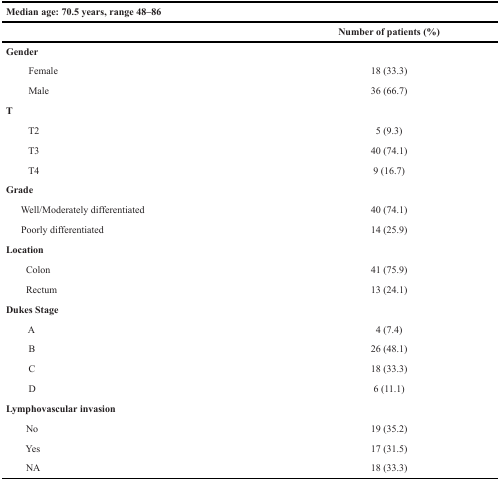
<table><thead><tr><td colspan="2"><b>Median age: 70.5 years, range 48–86</b></td></tr><tr><td></td><td><b>Number of patients (%)</b></td></tr></thead><tbody><tr><td><b>Gender</b></td><td></td></tr><tr><td> Female</td><td>18 (33.3)</td></tr><tr><td> Male</td><td>36 (66.7)</td></tr><tr><td><b>T</b></td><td></td></tr><tr><td> T2</td><td>5 (9.3)</td></tr><tr><td> T3</td><td>40 (74.1)</td></tr><tr><td> T4</td><td>9 (16.7)</td></tr><tr><td><b>Grade</b></td><td></td></tr><tr><td> Well/Moderately differentiated</td><td>40 (74.1)</td></tr><tr><td> Poorly differentiated</td><td>14 (25.9)</td></tr><tr><td><b>Location</b></td><td></td></tr><tr><td> Colon</td><td>41 (75.9)</td></tr><tr><td> Rectum</td><td>13 (24.1)</td></tr><tr><td><b>Dukes Stage</b></td><td></td></tr><tr><td> A</td><td>4 (7.4)</td></tr><tr><td> B</td><td>26 (48.1)</td></tr><tr><td> C</td><td>18 (33.3)</td></tr><tr><td> D</td><td>6 (11.1)</td></tr><tr><td><b>Lymphovascular invasion</b></td><td></td></tr><tr><td> No</td><td>19 (35.2)</td></tr><tr><td> Yes</td><td>17 (31.5)</td></tr><tr><td> NA</td><td>18 (33.3)</td></tr></tbody></table>